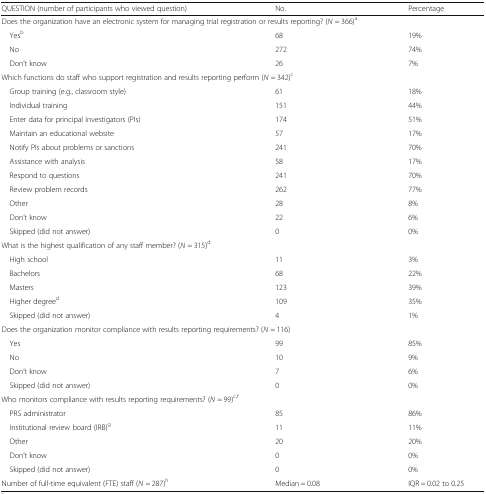
| QUESTION (number of participants who viewed question) | No. | Percentage |
 | --- | --- | --- |
 | <COLSPAN=3> Does the organization have an electronic system for managing trial registration or results reporting? (N = 366)a |
 | Yesb | 68 | 19% |
 | No | 272 | 74% |
 | Don’t know | 26 | 7% |
 | <COLSPAN=3> Which functions do staff who support registration and results reporting perform (N = 342)c |
 | Group training (e.g., classroom style) | 61 | 18% |
 | Individual training | 151 | 44% |
 | Enter data for principal investigators (PIs) | 174 | 51% |
 | Maintain an educational website | 57 | 17% |
 | Notify PIs about problems or sanctions | 241 | 70% |
 | Assistance with analysis | 58 | 17% |
 | Respond to questions | 241 | 70% |
 | Review problem records | 262 | 77% |
 | Other | 28 | 8% |
 | Don’t know | 22 | 6% |
 | Skipped (did not answer) | 0 | 0% |
 | <COLSPAN=3> What is the highest qualification of any staff member? (N = 315)d |
 | High school | 11 | 3% |
 | Bachelors | 68 | 22% |
 | Masters | 123 | 39% |
 | Higher degreed | 109 | 35% |
 | Skipped (did not answer) | 4 | 1% |
 | <COLSPAN=3> Does the organization monitor compliance with results reporting requirements? (N = 116) |
 | Yes | 99 | 85% |
 | No | 10 | 9% |
 | Don’t know | 7 | 6% |
 | Skipped (did not answer) | 0 | 0% |
 | <COLSPAN=3> Who monitors compliance with results reporting requirements? (N = 99)c,f |
 | PRS administrator | 85 | 86% |
 | Institutional review board (IRB)g | 11 | 11% |
 | Other | 20 | 20% |
 | Don’t know | 0 | 0% |
 | Skipped (did not answer) | 0 | 0% |
 | Number of full-time equivalent (FTE) staff (N = 287)h | Median = 0.08 | IQR = 0.02 to 0.25 |